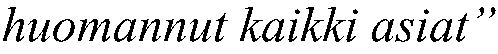
huomannut kaikki asiat”